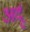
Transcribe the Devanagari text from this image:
अर्दू